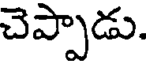
చెప్పాడు.